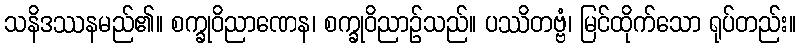
သနိဒဿနမည်၏။ စက္ခုဝိညာဏေန၊ စက္ခုဝိညာဉ်သည်။ ပဿိတဗ္ဗံ၊ မြင်ထိုက်သော ရုပ်တည်း။